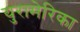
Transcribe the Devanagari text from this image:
युरामेरिका